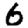
Digit: 6